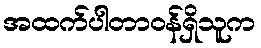
အထက်ပါတာဝန်ရှိသူက